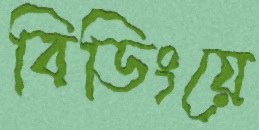
বিডিংয়ে